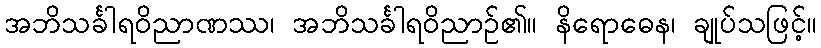
အဘိသင်္ခါရဝိညာဏဿ၊ အဘိသင်္ခါရဝိညာဉ်၏။ နိရောဓေန၊ ချုပ်သဖြင့်။